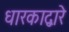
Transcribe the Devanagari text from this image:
धारकाद्वारे